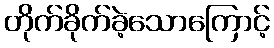
တိုက်ခိုက်ခဲ့သောကြောင့်